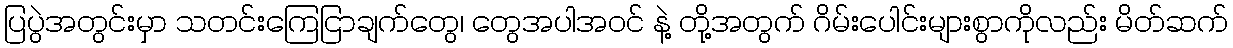
ပြပွဲအတွင်းမှာ သတင်းကြေငြာချက်တွေ၊ တွေအပါအဝင် နဲ့ တို့အတွက် ဂိမ်းပေါင်းများစွာကိုလည်း မိတ်ဆက်